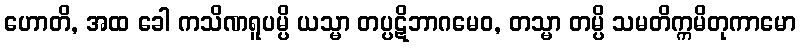
ဟောတိ, အထ ခေါ ကသိဏရူပမ္ပိ ယသ္မာ တပ္ပဋိဘာဂမေဝ, တသ္မာ တမ္ပိ သမတိက္ကမိတုကာမော